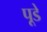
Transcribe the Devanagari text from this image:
पूडे